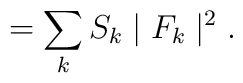
\hspace{5mm} = \sum_{k} S_{k}\mid{F_{k}}\mid^{2} .